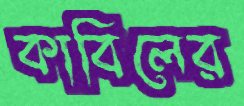
কাবিলের